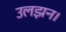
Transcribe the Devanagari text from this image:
उलझन।